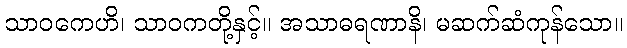
သာဝကေဟိ၊ သာဝကတို့နှင့်။ အသာဓရဏာနိ၊ မဆက်ဆံကုန်သော။